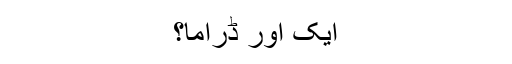
ایک اور ڈراما؟